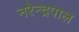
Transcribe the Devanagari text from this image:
नरेन्द्रपाल